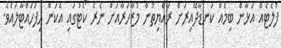
ފުލެޓެއް އަޅާން ބިމެއް ކަނޑާދޭއިރަށް ރައްޔިތުން މުޒާހަރާއަށް ނެރެ ކޯޓުގައި އެކަން ހިފަހައްޓާލައެވެ.